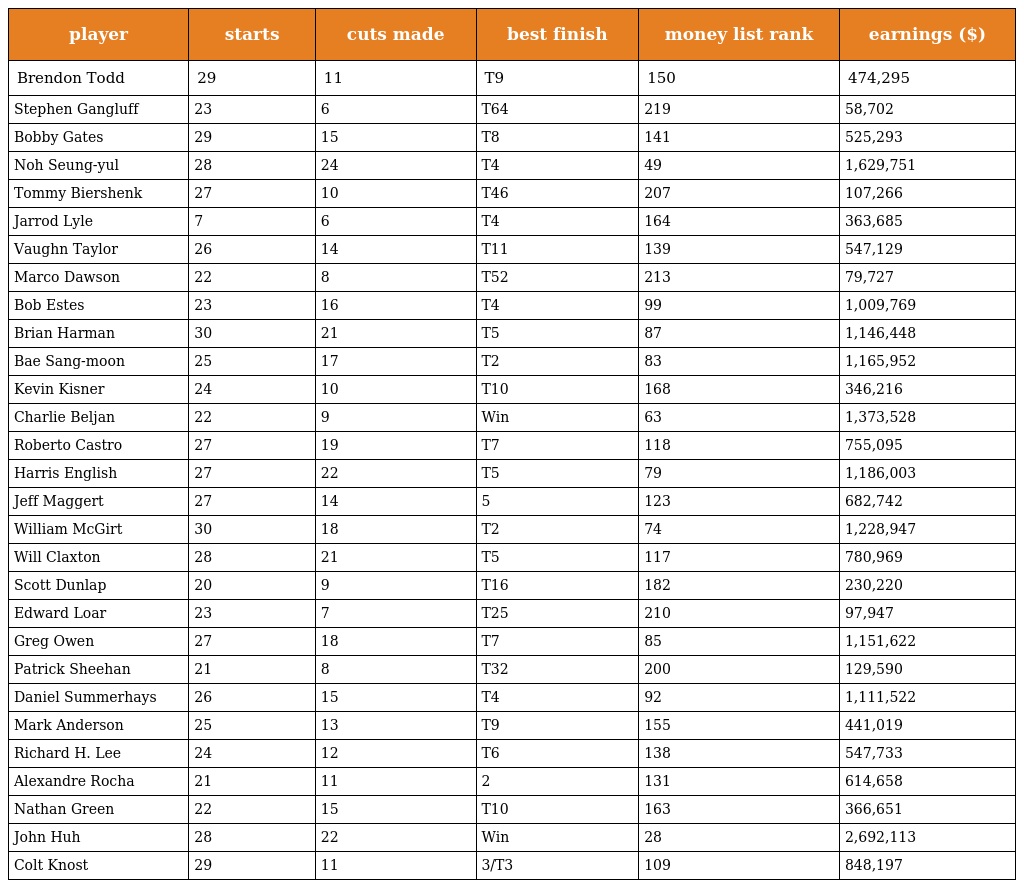
| player | starts | cuts made | best finish | money list rank | earnings ($) |
 | --- | --- | --- | --- | --- | --- |
 | Brendon Todd | 29 | 11 | T9 | 150 | 474,295 |
 | Stephen Gangluff | 23 | 6 | T64 | 219 | 58,702 |
 | Bobby Gates | 29 | 15 | T8 | 141 | 525,293 |
 | Noh Seung-yul | 28 | 24 | T4 | 49 | 1,629,751 |
 | Tommy Biershenk | 27 | 10 | T46 | 207 | 107,266 |
 | Jarrod Lyle | 7 | 6 | T4 | 164 | 363,685 |
 | Vaughn Taylor | 26 | 14 | T11 | 139 | 547,129 |
 | Marco Dawson | 22 | 8 | T52 | 213 | 79,727 |
 | Bob Estes | 23 | 16 | T4 | 99 | 1,009,769 |
 | Brian Harman | 30 | 21 | T5 | 87 | 1,146,448 |
 | Bae Sang-moon | 25 | 17 | T2 | 83 | 1,165,952 |
 | Kevin Kisner | 24 | 10 | T10 | 168 | 346,216 |
 | Charlie Beljan | 22 | 9 | Win | 63 | 1,373,528 |
 | Roberto Castro | 27 | 19 | T7 | 118 | 755,095 |
 | Harris English | 27 | 22 | T5 | 79 | 1,186,003 |
 | Jeff Maggert | 27 | 14 | 5 | 123 | 682,742 |
 | William McGirt | 30 | 18 | T2 | 74 | 1,228,947 |
 | Will Claxton | 28 | 21 | T5 | 117 | 780,969 |
 | Scott Dunlap | 20 | 9 | T16 | 182 | 230,220 |
 | Edward Loar | 23 | 7 | T25 | 210 | 97,947 |
 | Greg Owen | 27 | 18 | T7 | 85 | 1,151,622 |
 | Patrick Sheehan | 21 | 8 | T32 | 200 | 129,590 |
 | Daniel Summerhays | 26 | 15 | T4 | 92 | 1,111,522 |
 | Mark Anderson | 25 | 13 | T9 | 155 | 441,019 |
 | Richard H. Lee | 24 | 12 | T6 | 138 | 547,733 |
 | Alexandre Rocha | 21 | 11 | 2 | 131 | 614,658 |
 | Nathan Green | 22 | 15 | T10 | 163 | 366,651 |
 | John Huh | 28 | 22 | Win | 28 | 2,692,113 |
 | Colt Knost | 29 | 11 | 3/T3 | 109 | 848,197 |